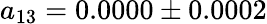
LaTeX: a_{13}=0.0000\pm 0.0002